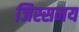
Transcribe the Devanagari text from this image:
जिस्समय